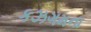
કઝગમના